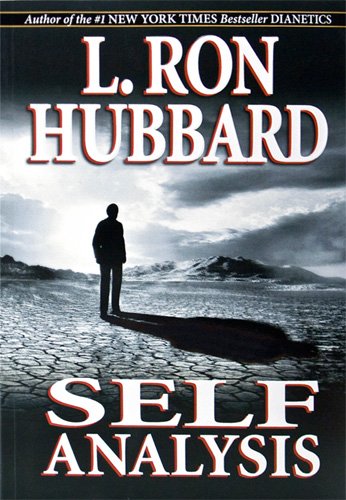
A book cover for Self Analysis (English); L. Ron Hubbard; Self-Help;